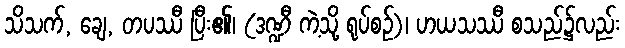
သိသက်, ချေ, တပဿီ ပြီး၏၊ (ဒဏ္ဍီ ကဲ့သို့ ရုပ်စဉ်)၊ ဟယသဿီ စသည်၌လည်း